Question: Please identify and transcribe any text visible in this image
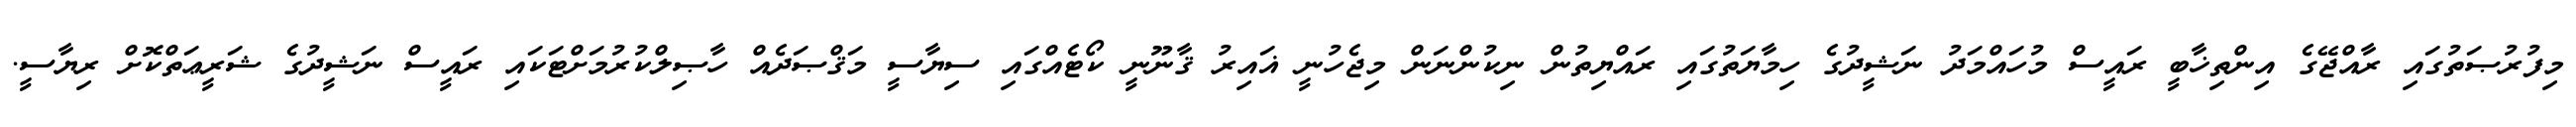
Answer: މިފުރުޞަތުގައި ރާއްޖޭގެ އިންތިޚާބީ ރައީސް މުހައްމަދު ނަޝީދުގެ ހިމާޔަތުގައި ރައްޔިތުން ނިކުންނަން މިޖެހުނީ ޣައިރު ޤާނޫނީ ކޯޓެއްގައި ސިޔާސީ މަޤްޞަދެއް ހާޞިލްކުރުމަށްޓަކައި ރައީސް ނަޝީދުގެ ޝަރީޢަތްކޮށް ރިޔާސީ.